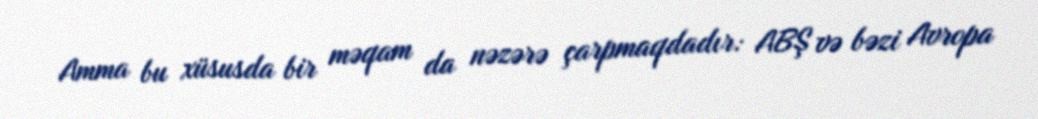
Amma bu xüsusda bir məqam da nəzərə çarpmaqdadır: ABŞ və bəzi Avropa